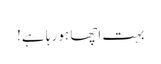
بہت اچھا ہو رہا ہے!